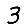
Digit: 3